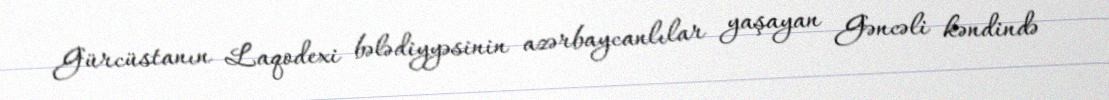
Gürcüstanın Laqodexi bələdiyyəsinin azərbaycanlılar yaşayan Gəncəli kəndində